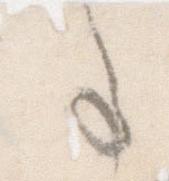
事